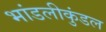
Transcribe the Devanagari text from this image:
भांडलीकुंडल